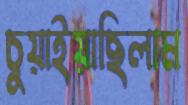
চুয়াইয়াছিলাম